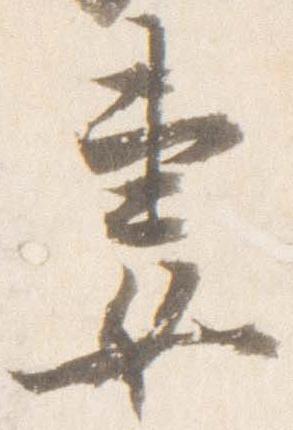
妻